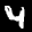
Label: 4